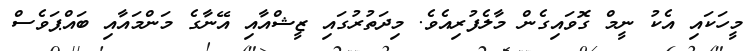
މީހަކައި އެކު ނީމް ގޮވައިގެން މާލެފުރިއެވެ. މިދަތުރުގައި ޒީޝްއާއި އޭނާގެ މަންމައާއި ބައްޕަވެސް